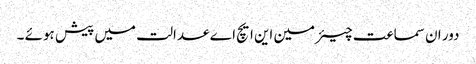
دور ان سماعت چیئرمین این ایچ اے عدالت میں پیش ہوئے ۔